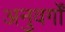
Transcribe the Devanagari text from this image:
अनुवर्गों